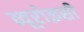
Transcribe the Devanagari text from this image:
ब्यूरोक्रसी